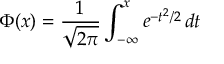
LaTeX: \Phi ( x ) = { \frac { 1 } { \sqrt { 2 \pi } } } \int _ { - \infty } ^ { x } e ^ { - t ^ { 2 } / 2 } \, d t